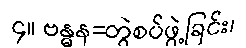
၄။ ဗန္ဓန=တွဲစပ်ဖွဲ့ခြင်း၊